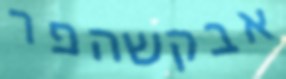
אבקשהפר